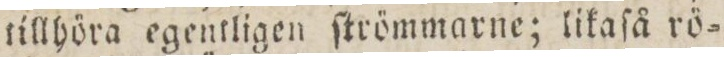
tillhöra egentligen ſtrömmarne; likaſå rö=